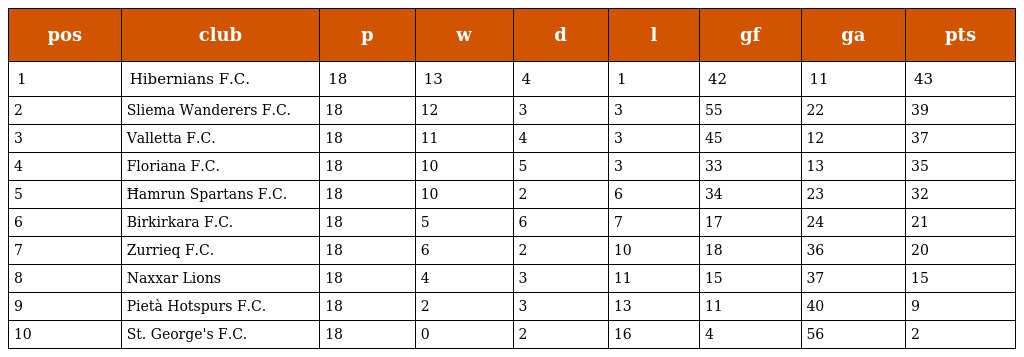
| pos | club | p | w | d | l | gf | ga | pts |
 | --- | --- | --- | --- | --- | --- | --- | --- | --- |
 | 1 | Hibernians F.C. | 18 | 13 | 4 | 1 | 42 | 11 | 43 |
 | 2 | Sliema Wanderers F.C. | 18 | 12 | 3 | 3 | 55 | 22 | 39 |
 | 3 | Valletta F.C. | 18 | 11 | 4 | 3 | 45 | 12 | 37 |
 | 4 | Floriana F.C. | 18 | 10 | 5 | 3 | 33 | 13 | 35 |
 | 5 | Ħamrun Spartans F.C. | 18 | 10 | 2 | 6 | 34 | 23 | 32 |
 | 6 | Birkirkara F.C. | 18 | 5 | 6 | 7 | 17 | 24 | 21 |
 | 7 | Zurrieq F.C. | 18 | 6 | 2 | 10 | 18 | 36 | 20 |
 | 8 | Naxxar Lions | 18 | 4 | 3 | 11 | 15 | 37 | 15 |
 | 9 | Pietà Hotspurs F.C. | 18 | 2 | 3 | 13 | 11 | 40 | 9 |
 | 10 | St. George's F.C. | 18 | 0 | 2 | 16 | 4 | 56 | 2 |